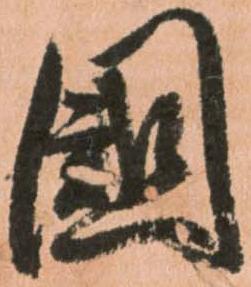
國